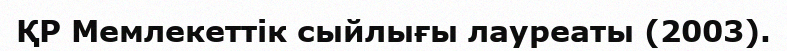
ҚР Мемлекеттік сыйлығы лауреаты (2003).